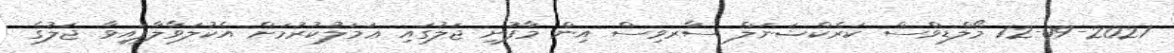
12-09-2021 މޯލްޑިވްސް ކަރެކްޝަނަލް ސާރވިސް އިން މާފުށި ޖަލުގައި ޢަމަލުކުރުމަށް އެކުލަވާލާފައިވާ ޖަލުގެ